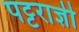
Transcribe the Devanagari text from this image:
पट्टराज्ञी